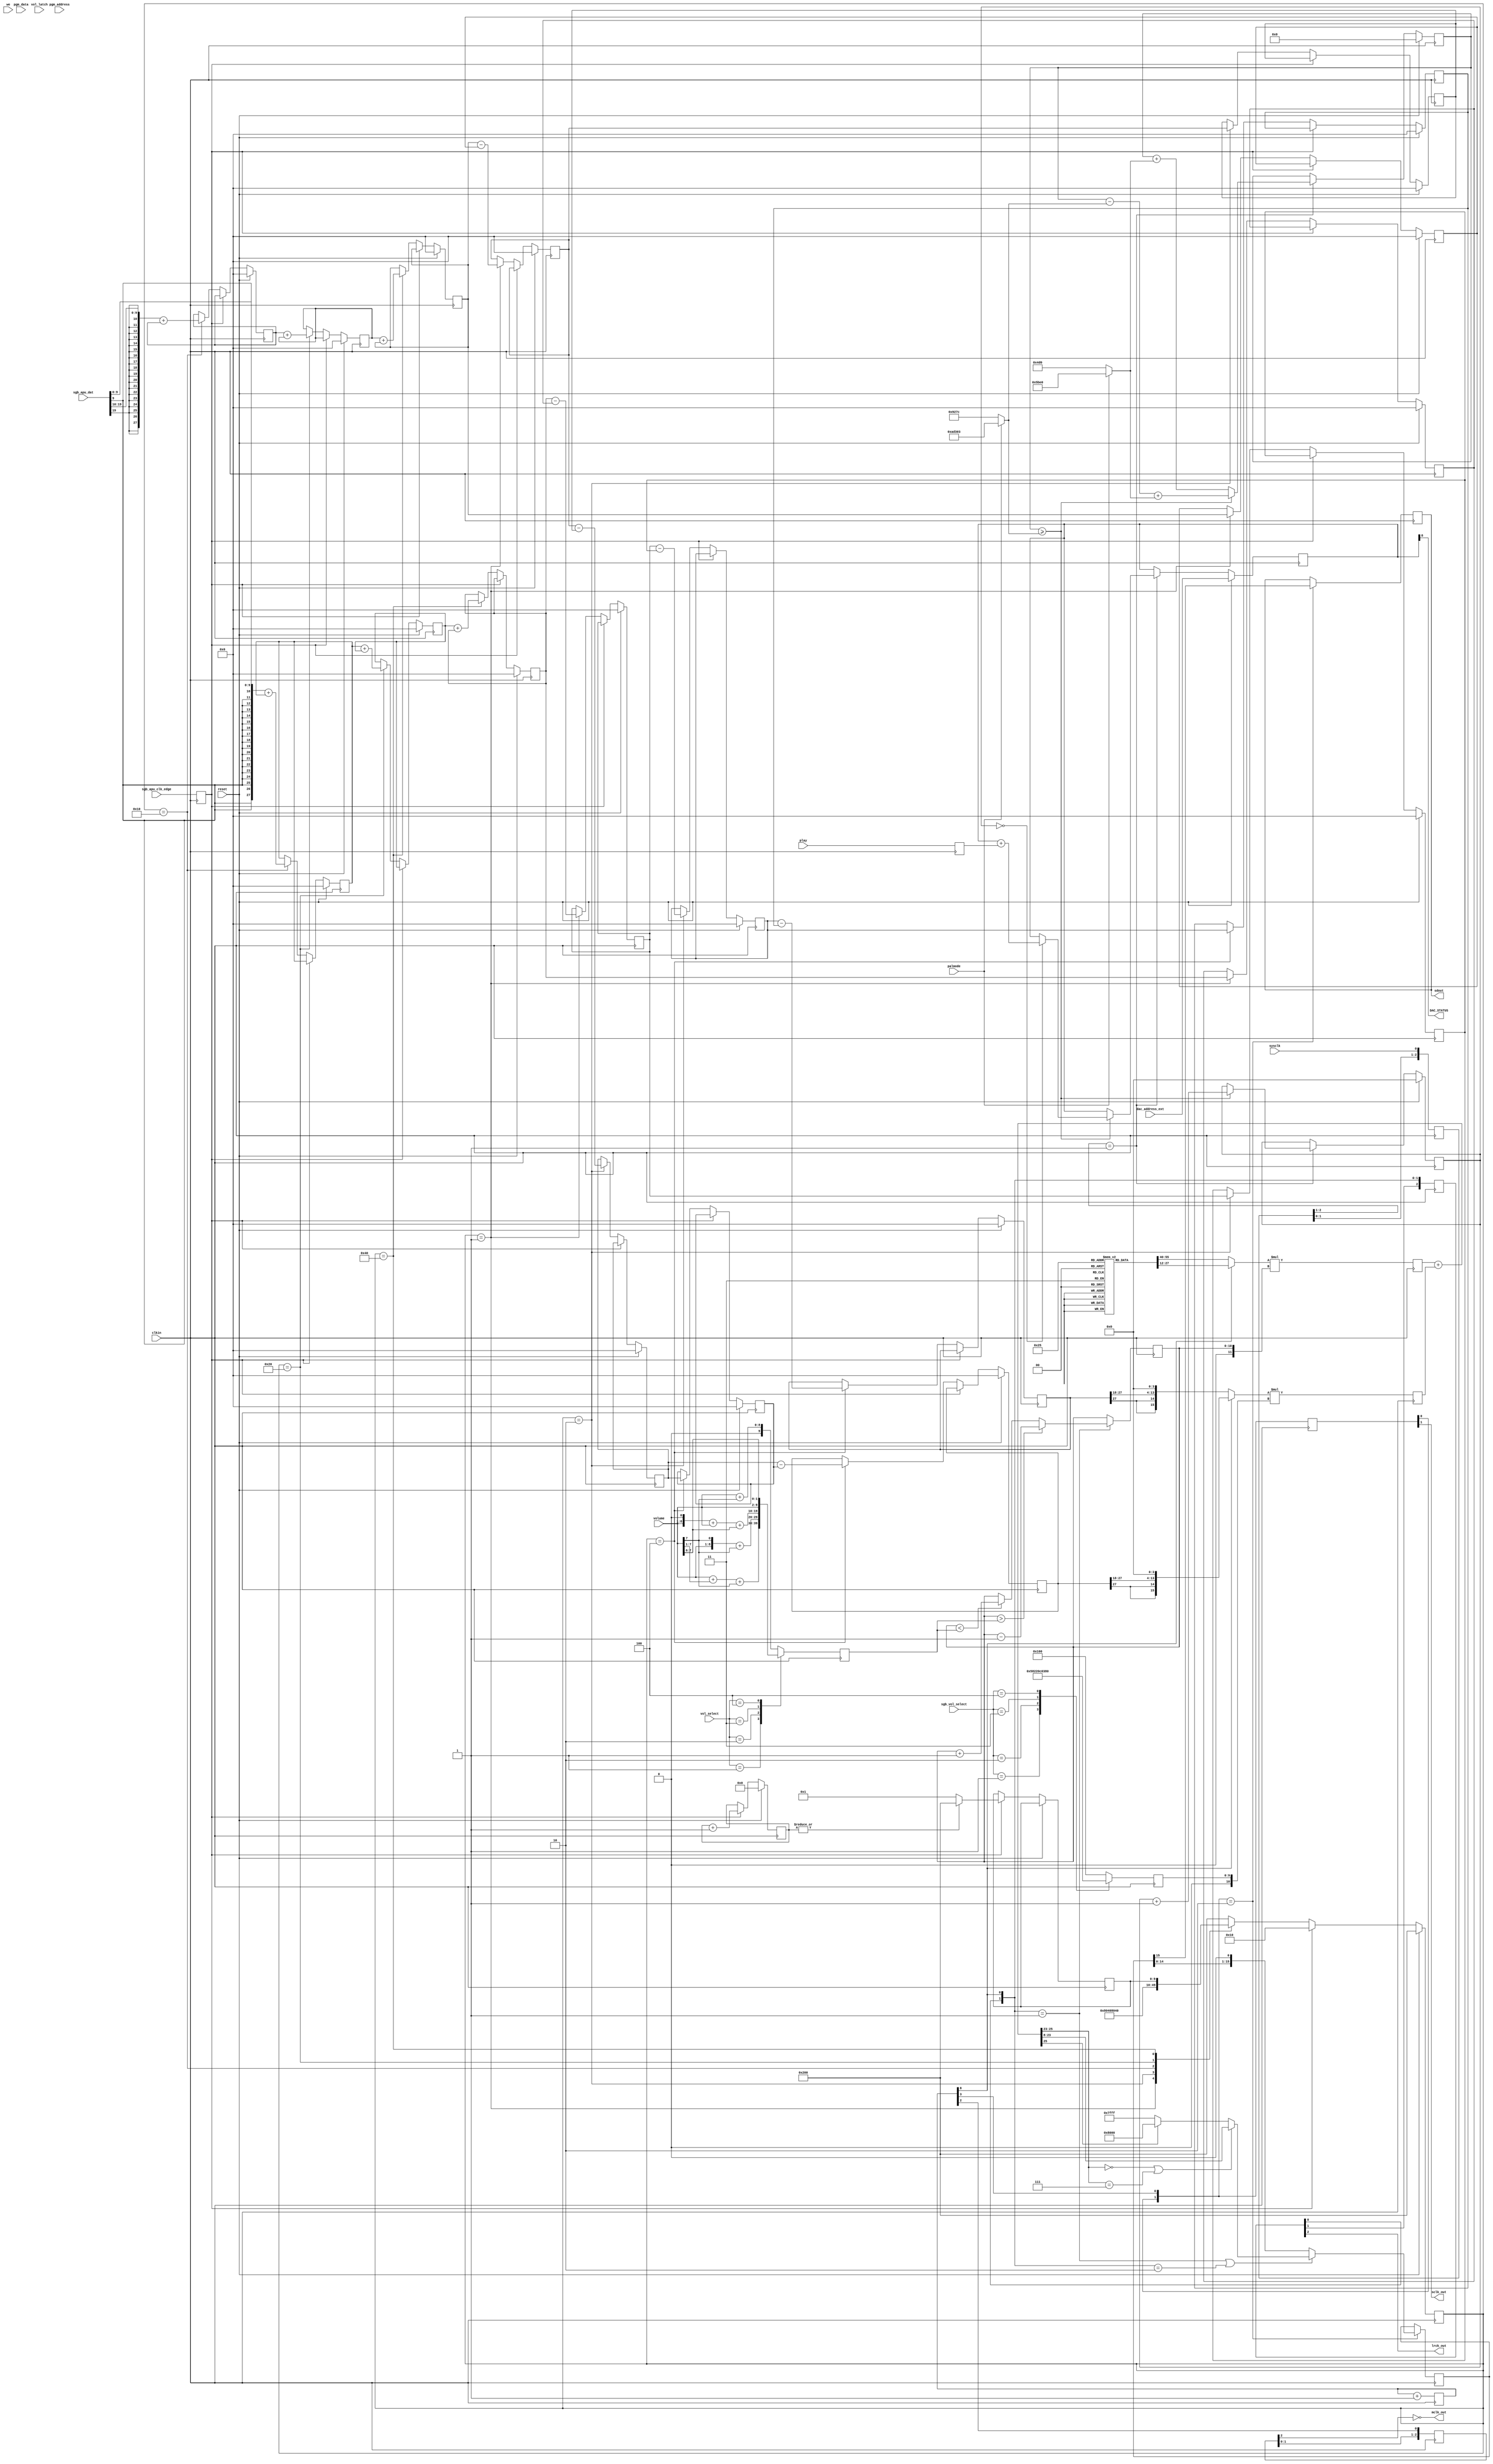
module dac(
  input clkin,
  input sysclk,
  input we,
  input[10:0] pgm_address,
  input[7:0] pgm_data,
  input[7:0] volume,
  input [19:0] sgb_apu_dat,
  input        sgb_apu_clk_edge,
  input vol_latch,
  input [2:0] vol_select,
  input [2:0] sgb_vol_select,
  input [8:0] dac_address_ext,
  input play,
  input reset,
  input palmode,
  output sdout,
  output mclk_out,
  output lrck_out,
  output sclk_out,
  output DAC_STATUS
);
integer i;
reg[8:0] dac_address_r;
reg[8:0] dac_address_r_sync;
wire[8:0] dac_address = dac_address_r_sync;
wire[31:0] dac_data;
assign DAC_STATUS = dac_address_r[8];
reg[10:0] vol_reg;
reg[10:0] vol_target_reg;
reg[1:0] vol_latch_reg;
reg vol_valid;
reg[2:0] sysclk_sreg;
wire sysclk_rising = (sysclk_sreg[2:1] == 2'b01);
reg[10:0] sgb_vol_reg = 11'h100;
always @(posedge clkin) begin
  sysclk_sreg <= {sysclk_sreg[1:0], sysclk};
end
`ifdef MK2
dac_buf snes_dac_buf (
  .clka(clkin),
  .wea(~we), // Bus [0 : 0]
  .addra(pgm_address), // Bus [10 : 0]
  .dina(pgm_data), // Bus [7 : 0]
  .clkb(clkin),
  .addrb(dac_address), // Bus [8 : 0]
  .doutb(dac_data)); // Bus [31 : 0]
`endif
`ifdef MK3
dac_buf snes_dac_buf (
  .clock(clkin),
  .wren(~we), // Bus [0 : 0]
  .wraddress(pgm_address), // Bus [10 : 0]
  .data(pgm_data), // Bus [7 : 0]
  .rdaddress(dac_address), // Bus [8 : 0]
  .q(dac_data)); // Bus [31 : 0]
`endif
reg [10:0] cnt;
reg [15:0] smpcnt;
reg [1:0] samples;
reg [15:0] smpshift;
wire mclk = cnt[2]; // mclk = clk/8
wire lrck = cnt[8]; // lrck = mclk/64
wire sclk = cnt[3]; // sclk = lrck*32
reg [2:0] mclk_sreg;
reg [2:0] lrck_sreg;
reg [1:0] sclk_sreg;
assign mclk_out = ~mclk_sreg[2];
assign lrck_out = lrck_sreg[2];
assign sclk_out = sclk_sreg[1];
wire lrck_rising = ({lrck_sreg[0],lrck} == 2'b01);
wire lrck_falling = ({lrck_sreg[0],lrck} == 2'b10);
wire sclk_rising = ({sclk_sreg[0],sclk} == 2'b01);
wire sclk_falling = ({sclk_sreg[0],sclk} == 2'b10);
wire vol_latch_rising = (vol_latch_reg[1:0] == 2'b01);
reg sdout_reg;
assign sdout = sdout_reg;
reg play_r;
initial begin
  cnt = 9'h100;
  smpcnt = 16'b0;
  lrck_sreg = 2'b00;
  sclk_sreg = 2'b00;
  mclk_sreg = 2'b00;
  dac_address_r = 9'b0;
  vol_valid = 1'b0;
  vol_latch_reg = 1'b0;
  vol_reg = 9'h000;
  vol_target_reg = 9'h000;
  samples <= 2'b00;
end
/*
  21477272.727272... /  37500 *  1232 = 44100 * 16
  21281370           / 709379 * 23520 = 44100 * 16
*/
reg [19:0] phaseacc = 0;
wire [14:0] phasemul = (palmode ? 23520 : 1232);
wire [19:0] phasediv = (palmode ? 709379 : 37500);
reg [3:0] subcount = 0;
reg int_strobe = 0, comb_strobe = 0;
always @(posedge clkin) begin
  int_strobe <= 0;
  comb_strobe <= 0;
  if(reset) begin
    dac_address_r <= dac_address_ext;
    phaseacc <= 0;
    subcount <= 0;
  end else if(sysclk_rising) begin
    if(phaseacc >= phasediv) begin
      phaseacc <= phaseacc - phasediv + phasemul;
      subcount <= subcount + 1;
      int_strobe <= 1;
      if (subcount == 0) begin
        comb_strobe <= 1;
        dac_address_r <= dac_address_r + play_r;
      end
    end else begin
      phaseacc <= phaseacc + phasemul;
    end
  end
end
parameter ST0_IDLE  = 10'b1000000000;
parameter ST1_COMB1 = 10'b0000000001;
parameter ST2_COMB2 = 10'b0000000010;
parameter ST3_COMB3 = 10'b0000000100;
parameter ST4_INT1  = 10'b0000010000;
parameter ST5_INT2  = 10'b0000100000;
parameter ST6_INT3  = 10'b0001000000;
`define MSU_CIC_BITS (16+3*4) // 3 stages, *16 (2^4)
reg [(`MSU_CIC_BITS-1):0] ci[2:0][1:0], co[2:0][1:0], io[2:0][1:0];
reg [9:0] cicstate = 10'h200;
wire [(`MSU_CIC_BITS-1):0] bufi[1:0];
assign bufi[1] = {{(`MSU_CIC_BITS-16){dac_data[31]}}, dac_data[31:16]};
assign bufi[0] = {{(`MSU_CIC_BITS-16){dac_data[15]}}, dac_data[15:0]};
`ifdef MSU_AUDIO
always @(posedge clkin) begin
  if(reset) begin
    cicstate <= ST0_IDLE;
    for (i = 0; i < 2; i = i + 1) begin
      {ci[2][i], ci[1][i], ci[0][i]} <= 0;
      {co[2][i], co[1][i], co[0][i]} <= 0;
      {io[2][i], io[1][i], io[0][i]} <= 0;
    end
  end else if(int_strobe) begin
    if(comb_strobe) cicstate <= ST1_COMB1;
    else cicstate <= ST4_INT1;
  end else begin
    case(cicstate)
/****** COMB STAGES ******/
      ST1_COMB1: begin
        cicstate <= ST2_COMB2;
        for (i = 0; i < 2; i = i + 1) begin
          ci[0][i] <= bufi[i];
          co[0][i] <= bufi[i] - ci[0][i];
        end
      end
      ST2_COMB2: begin
        cicstate <= ST3_COMB3;
        for (i = 0; i < 2; i = i + 1) begin
          ci[1][i] <= co[0][i];
          co[1][i] <= co[0][i] - ci[1][i];
        end
      end
      ST3_COMB3: begin
        cicstate <= ST4_INT1;
        for (i = 0; i < 2; i = i + 1) begin
          ci[2][i] <= co[1][i];
          co[2][i] <= co[1][i] - ci[2][i];
        end
      end
/****** INTEGRATOR STAGES ******/
      ST4_INT1: begin
        for (i = 0; i < 2; i = i + 1) begin
          io[0][i] <= co[2][i] + io[0][i];
        end
        cicstate <= ST5_INT2;
      end
      ST5_INT2: begin
        for (i = 0; i < 2; i = i + 1) begin
          io[1][i] <= io[0][i] + io[1][i];
        end
        cicstate <= ST6_INT3;
      end
      ST6_INT3: begin
        for (i = 0; i < 2; i = i + 1) begin
          io[2][i] <= io[1][i] + io[2][i];
        end
        cicstate <= ST0_IDLE;
      end
      default: begin
        cicstate <= ST0_IDLE;
      end
    endcase
  end
end
`endif
/*
  Downsampler for SGB
  4 MHz input sample rate
  /64 downsample
  10b input.
*/
`define SGB_CIC_BITS (10+3*6) // 3 stages, /64 (2^6)
reg [(`SGB_CIC_BITS-1):0] sgb_ci[2:0][1:0], sgb_io[2:0][1:0], sgb_co[2:0][1:0];
reg [9:0] sgb_cicstate = 10'h200;
reg [9:0] sgb_cicstate_next = 10'h200;
reg [5:0] sgb_phasediv = 0;
reg       sgb_apu_clk_edge_r = 0;
wire [(`SGB_CIC_BITS-1):0] sgb_bufi[1:0];
assign sgb_bufi[1] = {{(`SGB_CIC_BITS-10){sgb_apu_dat[19]}}, sgb_apu_dat[19:10]};
assign sgb_bufi[0] = {{(`SGB_CIC_BITS-10){sgb_apu_dat[9]}}, sgb_apu_dat[9:0]};
always @(posedge clkin) begin
  sgb_apu_clk_edge_r <= sgb_apu_clk_edge;
  if(reset) begin
    sgb_cicstate <= ST0_IDLE;
    for (i = 0; i < 2; i = i + 1) begin
      {sgb_ci[2][i], sgb_ci[1][i], sgb_ci[0][i]} <= 0;
      {sgb_io[2][i], sgb_io[1][i], sgb_io[0][i]} <= 0;
      {sgb_co[2][i], sgb_co[1][i], sgb_co[0][i]} <= 0;
    end
    sgb_phasediv <= 0;
  end else if(sgb_apu_clk_edge_r) begin
    sgb_cicstate <= ST4_INT1;
    sgb_cicstate_next <= ~|sgb_phasediv ? ST1_COMB1 : ST0_IDLE;
    sgb_phasediv <= sgb_phasediv + 1;
  end else begin
    case(sgb_cicstate)
/****** COMB STAGES ******/
      ST1_COMB1: begin
        sgb_cicstate <= ST2_COMB2;
        for (i = 0; i < 2; i = i + 1) begin
          sgb_ci[0][i] <= sgb_io[2][i];
          sgb_co[0][i] <= sgb_io[2][i] - sgb_ci[0][i];
        end
      end
      ST2_COMB2: begin
        sgb_cicstate <= ST3_COMB3;
        for (i = 0; i < 2; i = i + 1) begin
          sgb_ci[1][i] <= sgb_co[0][i];
          sgb_co[1][i] <= sgb_co[0][i] - sgb_ci[1][i];
        end
      end
      ST3_COMB3: begin
        sgb_cicstate <= ST0_IDLE;
        for (i = 0; i < 2; i = i + 1) begin
          sgb_ci[2][i] <= sgb_co[1][i];
          sgb_co[2][i] <= sgb_co[1][i] - sgb_ci[2][i];
        end
      end
/****** INTEGRATOR STAGES ******/
      ST4_INT1: begin
        for (i = 0; i < 2; i = i + 1) begin
          sgb_io[0][i] <= sgb_bufi[i] + sgb_io[0][i];
        end
        sgb_cicstate <= ST5_INT2;
      end
      ST5_INT2: begin
        for (i = 0; i < 2; i = i + 1) begin
          sgb_io[1][i] <= sgb_io[0][i] + sgb_io[1][i];
        end
        sgb_cicstate <= ST6_INT3;
      end
      ST6_INT3: begin
        for (i = 0; i < 2; i = i + 1) begin
          sgb_io[2][i] <= sgb_io[1][i] + sgb_io[2][i];
        end
        sgb_cicstate <= sgb_cicstate_next;
      end
      default: begin
        sgb_cicstate <= ST0_IDLE;
      end
    endcase
  end
end
always @(posedge clkin) begin
  cnt <= cnt + 1;
  mclk_sreg <= {mclk_sreg[1:0], mclk};
  lrck_sreg <= {lrck_sreg[1:0], lrck};
  sclk_sreg <= {sclk_sreg[0], sclk};
  vol_latch_reg <= {vol_latch_reg[0], vol_latch};
  play_r <= play;
end
wire [9:0] vol_orig = volume + volume[7];
wire [9:0] vol_3db = volume + volume[7:1] + volume[7];
wire [9:0] vol_6db = {1'b0, volume, volume[7]} + volume[7];
wire [9:0] vol_9db = {1'b0, volume, 1'b0} + volume + volume[7:6];
wire [9:0] vol_12db = {volume, volume[7:6]};
reg [9:0] vol_scaled;
always @* begin
  case(vol_select)
    3'b000: vol_scaled = vol_orig;
    3'b001: vol_scaled = vol_3db;
    3'b010: vol_scaled = vol_6db;
    3'b011: vol_scaled = vol_9db;
    3'b100: vol_scaled = vol_12db;
    default: vol_scaled = vol_orig;
  endcase
end
always @(posedge clkin) begin
  vol_target_reg <= vol_scaled;
end
always @(posedge clkin) begin
  if (lrck_rising) begin
    dac_address_r_sync <= dac_address_r;
  end
end
// ramp volume only on sample boundaries
always @(posedge clkin) begin
  if (lrck_rising) begin
    if(vol_reg > vol_target_reg)
      vol_reg <= vol_reg - 1;
    else if(vol_reg < vol_target_reg)
      vol_reg <= vol_reg + 1;
  end
end
// assign SGB volume boost
always @(posedge clkin) begin
  case(sgb_vol_select)
    3'b000:  sgb_vol_reg = 11'h100;//11'h101;
    3'b001:  sgb_vol_reg = 11'h160;//11'h181;
    3'b010:  sgb_vol_reg = 11'h220;//11'h202;
    3'b011:  sgb_vol_reg = 11'h300;//11'h302;
    3'b100:  sgb_vol_reg = 11'h380;//11'h402;
    default: sgb_vol_reg = 11'h100;
  endcase
end
wire signed [15:0] dac_data_ch = lrck ? {{(16+12-`MSU_CIC_BITS){io[2][1][(`MSU_CIC_BITS-1)]}},io[2][1][(`MSU_CIC_BITS-1):12]} : {{(16+12-`MSU_CIC_BITS){io[2][0][(`MSU_CIC_BITS-1)]}},io[2][0][(`MSU_CIC_BITS-1):12]};
wire signed [25:0] dac_vol_sample;
wire signed [25:0] vol_sample;
wire signed [15:0] vol_sample_sat;
// TODO: arbitrary scaling which used to be in SGB APU
wire signed [15:0] sgb_data_ch = lrck ? {{(16+18-`SGB_CIC_BITS-4){sgb_co[2][1][(`SGB_CIC_BITS-1)]}},sgb_co[2][1][(`SGB_CIC_BITS-1):18],4'h0} : {{(16+18-`SGB_CIC_BITS-4){sgb_co[2][0][(`SGB_CIC_BITS-1)]}},sgb_co[2][0][(`SGB_CIC_BITS-1):18],4'h0};
//wire signed [15:0] sgb_data_ch = lrck ? {{2{sgb_apu_dat[19]}},sgb_apu_dat[19:10],4'h0} : {{2{sgb_apu_dat[9]}},sgb_apu_dat[9:0],4'h0};
wire signed [25:0] sgb_vol_sample;
assign dac_vol_sample = dac_data_ch * $signed({1'b0, vol_reg});
assign sgb_vol_sample = sgb_data_ch * $signed({1'b0, sgb_vol_reg});
reg signed [25:0] dac_vol_sample_r;
reg signed [25:0] sgb_vol_sample_r;
always @(posedge clkin) begin
  dac_vol_sample_r <= dac_vol_sample;
  sgb_vol_sample_r <= sgb_vol_sample;
end
assign vol_sample = dac_vol_sample_r + sgb_vol_sample_r;
assign vol_sample_sat = ((vol_sample[25:23] == 3'b000 || vol_sample[25:23] == 3'b111) ? vol_sample[23:8]
                      : vol_sample[25] ? 16'sh8000
                      : 16'sh7fff);
always @(posedge clkin) begin
  if (sclk_falling) begin
    smpcnt <= smpcnt + 1;
    sdout_reg <= smpshift[15];
    if (lrck_rising | lrck_falling) begin
      smpshift <= vol_sample_sat;
    end else begin
      smpshift <= {smpshift[14:0], 1'b0};
    end
  end
end
endmodule